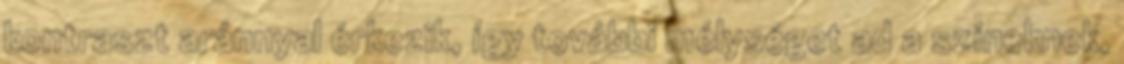
kontraszt aránnyal érkezik, így további mélységet ad a színeknek,